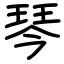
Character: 琴